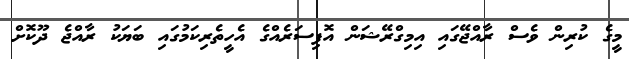
މީގެ ކުރިން ވެސް ރާއްޖޭގައި އިމިގްރޭޝަން އޮފިސަރެއްގެ އެހީތެރިކަމުގައި ބަޔަކު ރާއްޖެ ދޫކޮށް